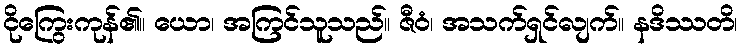
ငိုကြွေးကုန်၏။ ယော၊ အကြင်သူသည်။ ဇီဝံ၊ အသက်ရှင်လျက်။ နဒိဿတိ၊